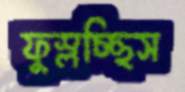
ফুস্‌লচ্ছিস